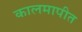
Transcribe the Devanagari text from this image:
कालमापीत